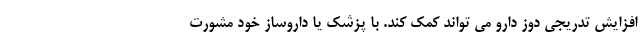
افزایش تدریجی دوز دارو می تواند کمک کند. با پزشک یا داروساز خود مشورت